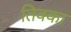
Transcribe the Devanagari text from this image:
तिक्का